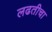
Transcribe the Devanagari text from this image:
लढतीचा